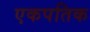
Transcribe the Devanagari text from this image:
एकपतिक